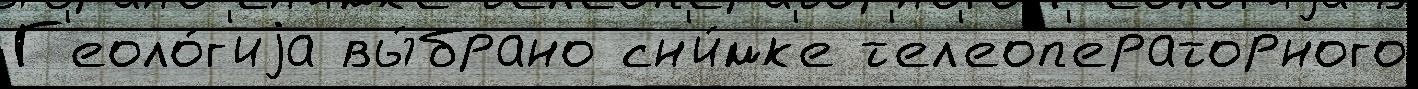
Г'еоло́г'иjа вы́брано сн'и́мк'е т'ел'еоп'ераторного